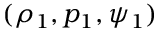
( \rho _ { 1 } , p _ { 1 } , \psi _ { 1 } )